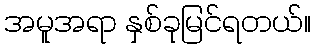
အမူအရာ နှစ်ခုမြင်ရတယ်။